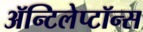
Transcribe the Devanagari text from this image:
ॲन्टिलेप्टॉन्स